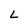
Character: L